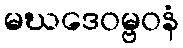
မဃဒေဝမ္ဗဝနံ